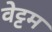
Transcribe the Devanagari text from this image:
वेट्टम